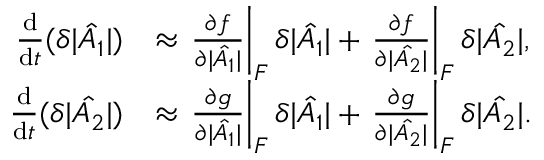
\begin{array} { r l } { \frac { \mathrm { d } } { \mathrm { d } t } ( \delta | \hat { A _ { 1 } } | ) } & { \approx \left. \frac { \partial f } { \partial | \hat { A _ { 1 } } | } \right| _ { F } \delta | \hat { A _ { 1 } } | + \left. \frac { \partial f } { \partial | \hat { A _ { 2 } } | } \right| _ { F } \delta | \hat { A _ { 2 } } | , } \\ { \frac { \mathrm { d } } { \mathrm { d } t } ( \delta | \hat { A _ { 2 } } | ) } & { \approx \left. \frac { \partial g } { \partial | \hat { A _ { 1 } } | } \right| _ { F } \delta | \hat { A _ { 1 } } | + \left. \frac { \partial g } { \partial | \hat { A _ { 2 } } | } \right| _ { F } \delta | \hat { A _ { 2 } } | . } \end{array}